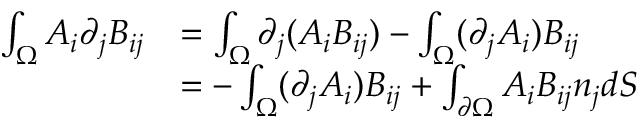
\begin{array} { r l } { \int _ { \Omega } A _ { i } \partial _ { j } B _ { i j } } & { = \int _ { \Omega } \partial _ { j } ( A _ { i } B _ { i j } ) - \int _ { \Omega } ( \partial _ { j } A _ { i } ) B _ { i j } } \\ & { = - \int _ { \Omega } ( \partial _ { j } A _ { i } ) B _ { i j } + \int _ { \partial \Omega } A _ { i } B _ { i j } n _ { j } d S } \end{array}